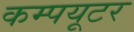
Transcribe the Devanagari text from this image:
कम्पयूटर